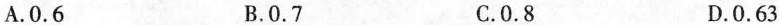
A.0.6 B.0.7 C.0.8 D.0.63